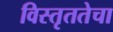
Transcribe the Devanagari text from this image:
विस्तृततेचा